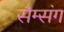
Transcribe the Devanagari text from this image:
सैम्संग